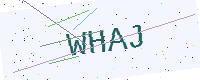
Text: WHAJ